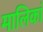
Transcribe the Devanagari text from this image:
मालिकां